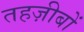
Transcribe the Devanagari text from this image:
तहज़ीबों